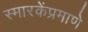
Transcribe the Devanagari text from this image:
स्मारकेंप्रमाणे